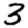
Digit: 3